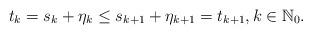
LaTeX: \begin{align*}t_k=s_k+\eta_k\leq s_{k+1}+\eta_{k+1}=t_{k+1},k\in\mathbb{N}_0.\end{align*}